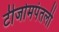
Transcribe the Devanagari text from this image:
टीजोमपंतली